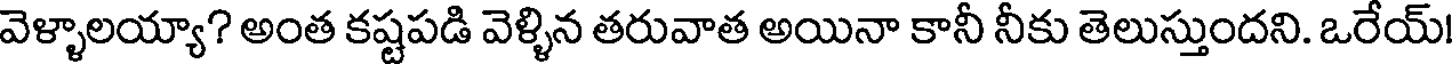
వెళ్ళాలయ్యా? అంత కష్టపడి వెళ్ళిన తరువాత అయినా కానీ నీకు తెలుస్తుందని. ఒరేయ్